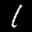
Label: 1